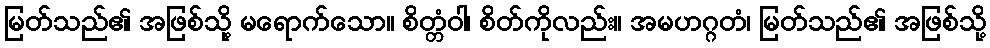
မြတ်သည်၏ အဖြစ်သို့ မရောက်သော။ စိတ္တံဝါ၊ စိတ်ကိုလည်း။ အမဟဂ္ဂတံ၊ မြတ်သည်၏ အဖြစ်သို့